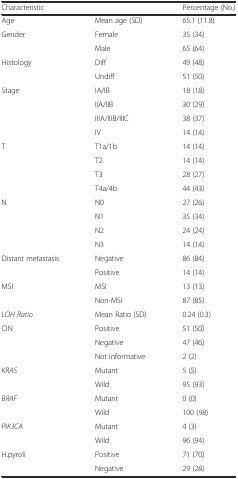
<table><thead><tr><td colspan="2"><b>Characteristic</b></td><td><b>Percentage (No.)</b></td></tr></thead><tbody><tr><td>Age</td><td>Mean age (SD)</td><td>65.1 (11.8)</td></tr><tr><td rowspan="2">Gender</td><td>Female</td><td>35 (34)</td></tr><tr><td>Male</td><td>65 (64)</td></tr><tr><td rowspan="2">Histology</td><td>Diff</td><td>49 (48)</td></tr><tr><td>Undiff</td><td>51 (50)</td></tr><tr><td rowspan="4">Stage</td><td>IA/IB</td><td>18 (18)</td></tr><tr><td>IIA/IIB</td><td>30 (29)</td></tr><tr><td>IIIA/IIIB/IIIC</td><td>38 (37)</td></tr><tr><td>IV</td><td>14 (14)</td></tr><tr><td rowspan="4">T</td><td>T1a/1b</td><td>14 (14)</td></tr><tr><td>T2</td><td>14 (14)</td></tr><tr><td>T3</td><td>28 (27)</td></tr><tr><td>T4a/4b</td><td>44 (43)</td></tr><tr><td rowspan="4">N</td><td>N0</td><td>27 (26)</td></tr><tr><td>N1</td><td>35 (34)</td></tr><tr><td>N2</td><td>24 (24)</td></tr><tr><td>N3</td><td>14 (14)</td></tr><tr><td rowspan="2">Distant metastasis</td><td>Negative</td><td>86 (84)</td></tr><tr><td>Positive</td><td>14 (14)</td></tr><tr><td rowspan="2">MSI</td><td>MSI</td><td>13 (13)</td></tr><tr><td>Non-MSI</td><td>87 (85)</td></tr><tr><td><i>LOH Ratio</i></td><td>Mean Ratio (SD)</td><td>0.24 (0.3)</td></tr><tr><td rowspan="3">CIN</td><td>Positive</td><td>51 (50)</td></tr><tr><td>Negative</td><td>47 (46)</td></tr><tr><td>Not informative</td><td>2 (2)</td></tr><tr><td rowspan="2"><i>KRAS</i></td><td>Mutant</td><td>5 (5)</td></tr><tr><td>Wild</td><td>95 (93)</td></tr><tr><td rowspan="2"><i>BRAF</i></td><td>Mutant</td><td>0 (0)</td></tr><tr><td>Wild</td><td>100 (98)</td></tr><tr><td rowspan="2"><i>PIK3CA</i></td><td>Mutant</td><td>4 (3)</td></tr><tr><td>Wild</td><td>96 (94)</td></tr><tr><td rowspan="2">H.pyroli</td><td>Positive</td><td>71 (70)</td></tr><tr><td>Negative</td><td>29 (28)</td></tr></tbody></table>